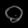
Digit: ၀